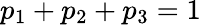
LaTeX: p_{1}+p_{2}+p_{3}=1